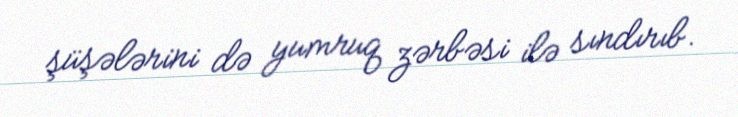
şüşələrini də yumruq zərbəsi ilə sındırıb.